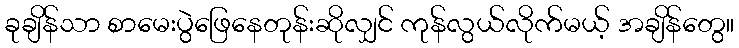
ခုချိန်သာ စာမေးပွဲဖြေနေတုန်းဆိုလျှင် ကုန်လွယ်လိုက်မယ့် အချိန်တွေ။